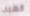
الهيب